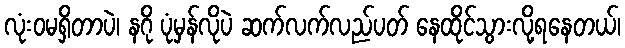
လုံးဝမရှိတာပဲ၊ နဂို ပုံမှန်လိုပဲ ဆက်လက်လည်ပတ် နေထိုင်သွားလို့ရနေတယ်၊